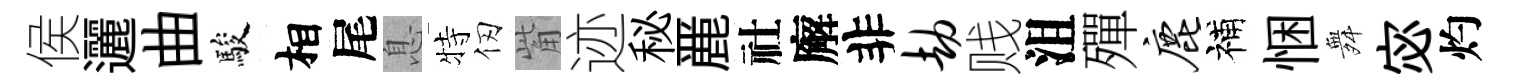
侯邐曲駿相尾息特仞觜迹秘䴡社廨非劫贱沮殫鹿補悃舞宓灼